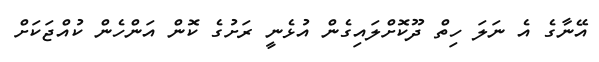
އޭނާގެ އެ ނަލަ ހިތް ދޫކޮށްލައިގެން އުޅެނީ ރަށުގެ ކޮން އަންހެން ކުއްޖަކަށް